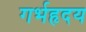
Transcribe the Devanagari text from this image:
गर्भहृदय